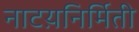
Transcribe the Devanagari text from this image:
नाटय़निर्मिती